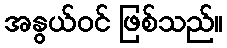
အနွယ်ဝင် ဖြစ်သည်။